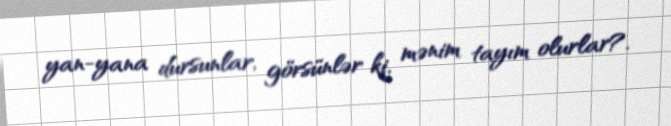
yan-yana dursunlar, görsünlər ki, mənim tayım olurlar?.